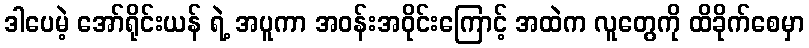
ဒါပေမဲ့ အော်ရိုင်းယန် ရဲ့ အပူကာ အဝန်းအဝိုင်းကြောင့် အထဲက လူတွေကို ထိခိုက်စေမှာ